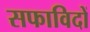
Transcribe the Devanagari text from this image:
सफाविदों